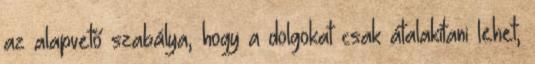
az alapvető szabálya, hogy a dolgokat csak átalakítani lehet,